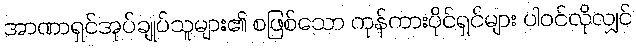
အာဏာရှင်အုပ်ချုပ်သူများ၏ စဖြစ်သော ကုန်ကားပိုင်ရှင်များ ပါဝင်လိုလျှင်